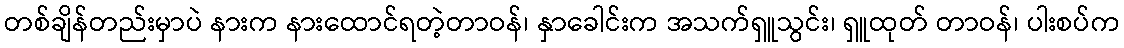
တစ်ချိန်တည်းမှာပဲ နားက နားထောင်ရတဲ့တာဝန်၊ နှာခေါင်းက အသက်ရှူသွင်း၊ ရှူထုတ် တာဝန်၊ ပါးစပ်က